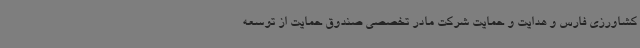
کشاورزی فارس و هدایت و حمایت شرکت مادر تخصصی صندوق حمایت از توسعه